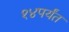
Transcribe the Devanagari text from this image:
१४पर्यंत